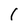
Character: 1